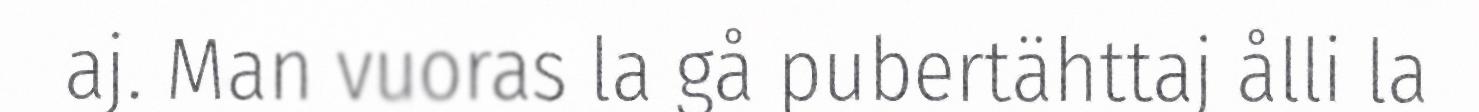
aj. Man vuoras la gå pubertähttaj ålli la